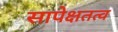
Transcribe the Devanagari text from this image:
सापेक्षतत्व